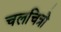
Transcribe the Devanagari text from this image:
चलचित्रो